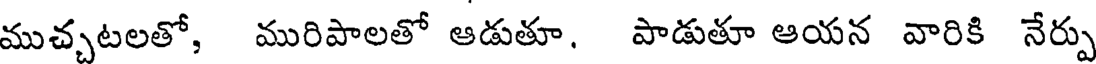
ముచ్చటలతో, మురిపాలతో ఆడుతూ. పాడుతూ ఆయన వారికి నేర్పు